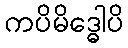
ကပိမိဒ္ဓေါပိ